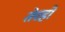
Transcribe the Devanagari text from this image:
तेरहों